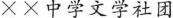
××中学文学社团